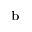
^ \mathrm { b }